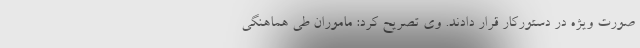
صورت ویژه در دستورکار قرار دادند. وی تصریح کرد: ماموران طی هماهنگی